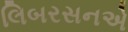
લિબરસનએ